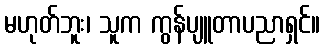
မဟုတ်ဘူး၊ သူက ကွန်ပျူတာပညာရှင်။